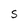
Character: S